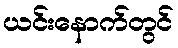
ယင်းနောက်တွင်